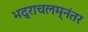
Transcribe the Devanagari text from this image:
भद्राचलम्‌नंतर